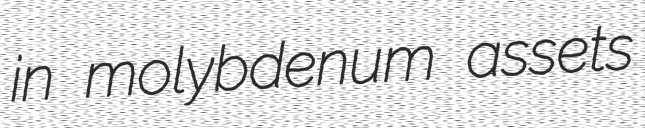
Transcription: in molybdenum assets